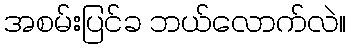
အစမ်းပြင်ခ ဘယ်လောက်လဲ။